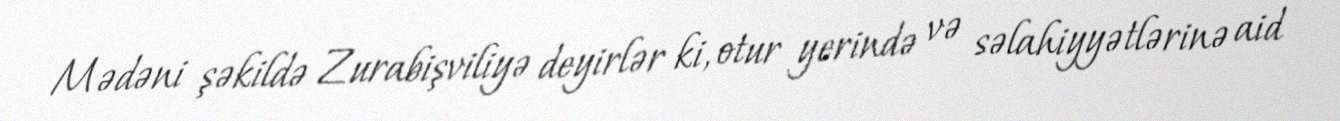
Mədəni şəkildə Zurabişviliyə deyirlər ki, otur yerində və səlahiyyətlərinə aid